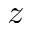
z